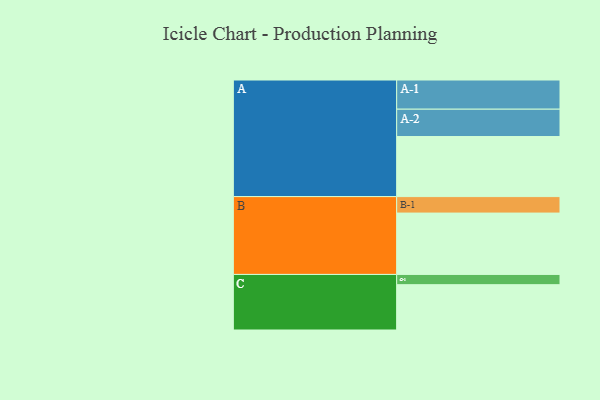
{"axis": {"x": "Segment", "y": "Value"}, "legend": ["", "A", "B", "C"], "data": [{"x": "A", "y": 558, "type": ""}, {"x": "B", "y": 570, "type": ""}, {"x": "C", "y": 421, "type": ""}, {"x": "A-1", "y": 271, "type": "A"}, {"x": "A-2", "y": 254, "type": "A"}, {"x": "B-1", "y": 153, "type": "B"}, {"x": "C-1", "y": 95, "type": "C"}]}